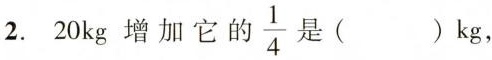
2. 20kg增加它的\frac{1}{4}是( )kg，